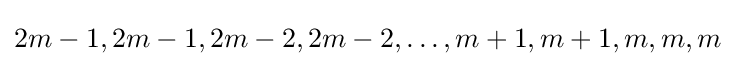
2m-1,2m-1,2m-2,2m-2,\ldots ,m+1,m+1,m,m,m